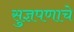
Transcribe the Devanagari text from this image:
सुज्ञपणाचे